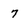
Character: 7